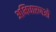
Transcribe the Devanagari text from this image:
अभिधारणओं